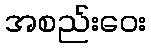
အစည်းဝေး